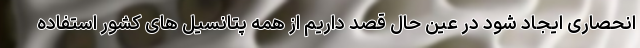
انحصاری ایجاد شود در عین حال قصد داریم از همه پتانسیل های کشور استفاده